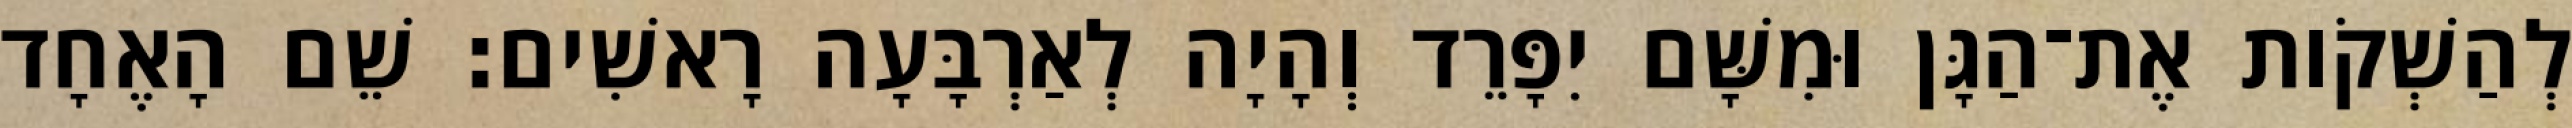
לְהַשְׁקֹות אֶת־הַגָּן וּמִשָּׁם יִפָּרֵד וְהָיָה לְאַרְבָּעָה רָאשִׁים׃ שֵׁם הָאֶחָד